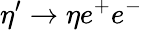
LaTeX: \eta^{\prime}\rightarrow\eta e^{+}e^{-}